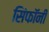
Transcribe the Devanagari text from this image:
सिंफॉनी